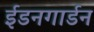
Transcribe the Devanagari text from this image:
ईडनगार्डन